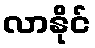
လာနိုင်